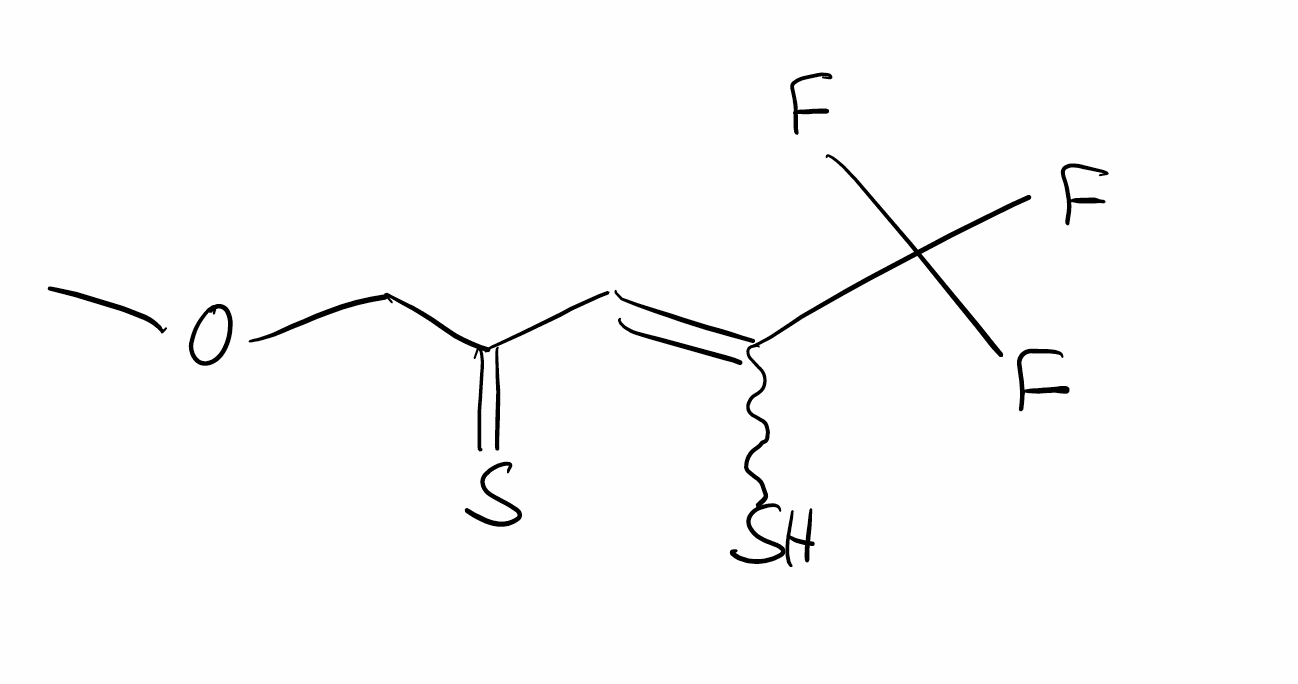
Simplified molecular-input line-entry system (SMILES) notation of the given molecule:
COCC(=S)C=C(C(F)(F)F)S